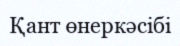
Қант өнеркәсібі